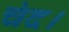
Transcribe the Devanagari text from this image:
चंद।